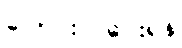
ပြောင်းလဲပေးရန်